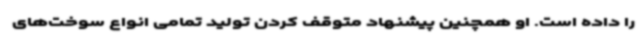
را داده است. او همچنین پیشنهاد متوقف کردن تولید تمامی انواع سوخت‌های